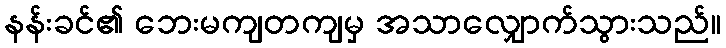
နန်းခင်၏ ဘေးမကျတကျမှ အသာလျှောက်သွားသည်။